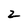
Character: 2